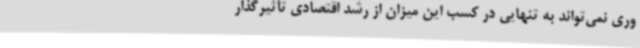
وری نمی‌تواند به تنهایی در کسب این میزان از رشد اقتصادی تأثیرگذار